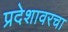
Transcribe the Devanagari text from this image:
प्रदेशावरचा